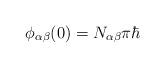
LaTeX: \begin{align*}\phi _{\alpha \beta }(0)=N_{\alpha \beta }\pi \hbar\end{align*}